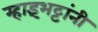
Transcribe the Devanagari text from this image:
म्हाइंभट्टांनी